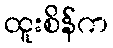
ထူးစိန်က